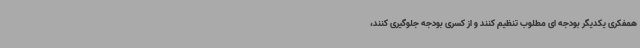
همفکری یکدیگر بودجه ای مطلوب تنظیم کنند و از کسری بودجه جلوگیری کنند،